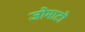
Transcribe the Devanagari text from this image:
जोमाटो